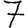
Digit: 7